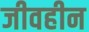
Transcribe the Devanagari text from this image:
जीवहीन